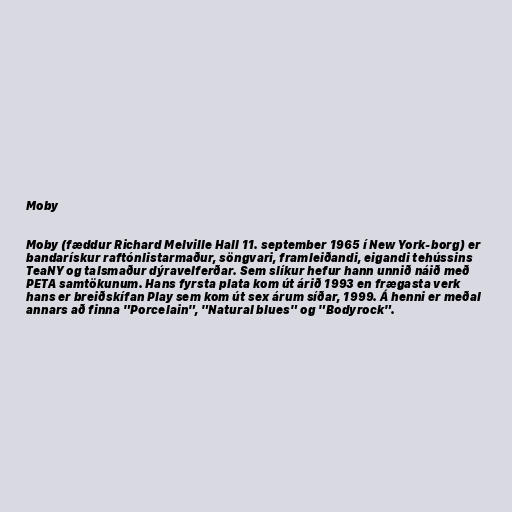
Moby

Moby (fæddur Richard Melville Hall 11. september 1965 í New York-borg) er
bandarískur raftónlistarmaður, söngvari, framleiðandi, eigandi tehússins
TeaNY og talsmaður dýravelferðar. Sem slíkur hefur hann unnið náið með
PETA samtökunum. Hans fyrsta plata kom út árið 1993 en frægasta verk
hans er breiðskífan Play sem kom út sex árum síðar, 1999. Á henni er meðal
annars að finna "Porcelain", "Natural blues" og "Bodyrock".